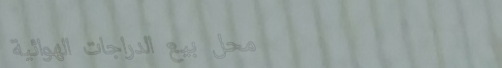
محل بيع الدراجات الهوائية